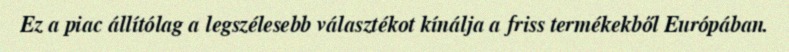
Ez a piac állítólag a legszélesebb választékot kínálja a friss termékekből Európában.